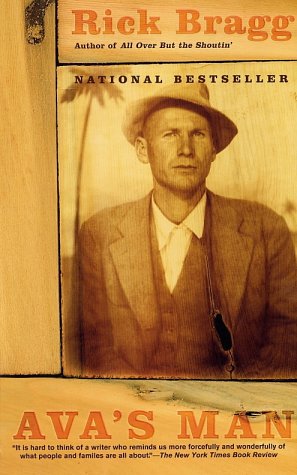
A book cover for Ava's Man; Rick Bragg; Biographies & Memoirs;